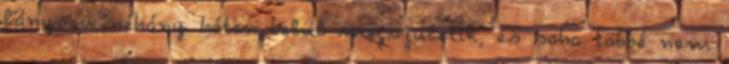
lányom néhány héten belül megszületik, és soha többé nem